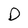
Character: D